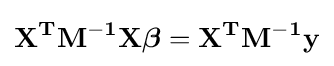
\mathbf {X^{T}M^{-1}X{\boldsymbol {\beta }}=X^{T}M^{-1}y}